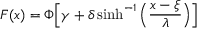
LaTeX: F ( x ) = \Phi { \Big [ } \gamma + \delta \sinh ^ { - 1 } { \Big ( } { \frac { x - \xi } { \lambda } } { \Big ) } { \Big ] }